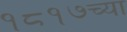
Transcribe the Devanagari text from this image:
१८१७च्या